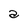
Character: a